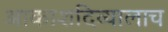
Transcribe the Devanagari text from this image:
आकाशदिव्यालाच